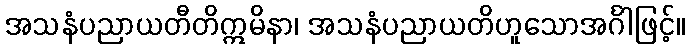
အသနံပညာယတီတိဣမိနာ၊ အသနံပညာယတိဟူသောအင်္ဂါဖြင့်။